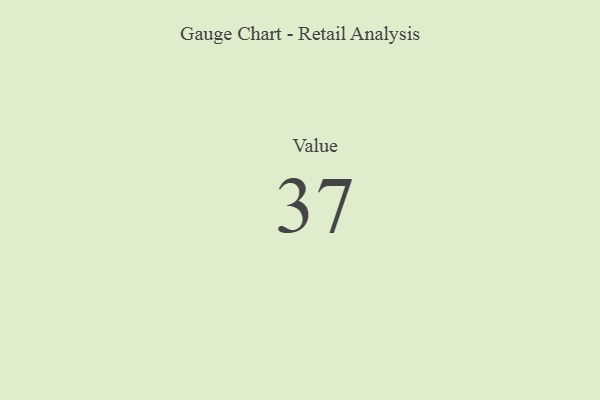
{"axis": {"x": "Metric", "y": "Value"}, "legend": [""], "data": [{"x": "Value", "y": 37, "type": ""}]}